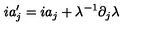
i a _ { j } ^ { \prime } = i a _ { j } + \lambda ^ { - 1 } \partial _ { j } \lambda